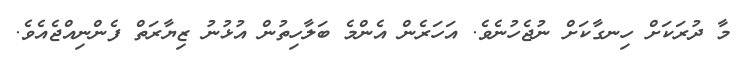
މާ ދުރަކަށް ހިނގާކަށް ނުޖެހުނެވެ. އަހަރެން އެންމެ ބަލާހިތުން އުޅުނު ޒިޔާރަތް ފެންނިއްޖެއެވެ.